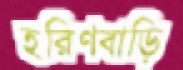
হরিণবাড়ি